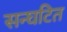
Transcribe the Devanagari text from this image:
सन्घटित